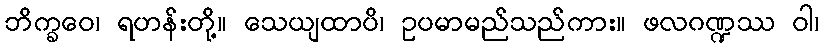
ဘိက္ခဝေ၊ ရဟန်းတို့။ သေယျထာပိ၊ ဥပမာမည်သည်ကား။ ဖလဂဏ္ဍဿ ဝါ၊